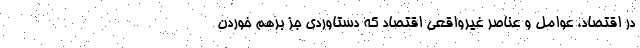
در اقتصاد، عوامل و عناصر غیرواقعی اقتصاد که دستاوردی جز برهم خوردن